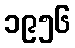
၁၉၅၆